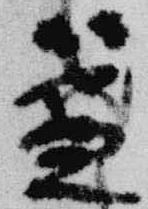
盞